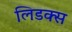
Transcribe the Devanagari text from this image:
लिडक्स